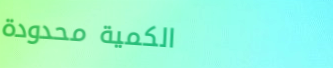
الكمية محدودة